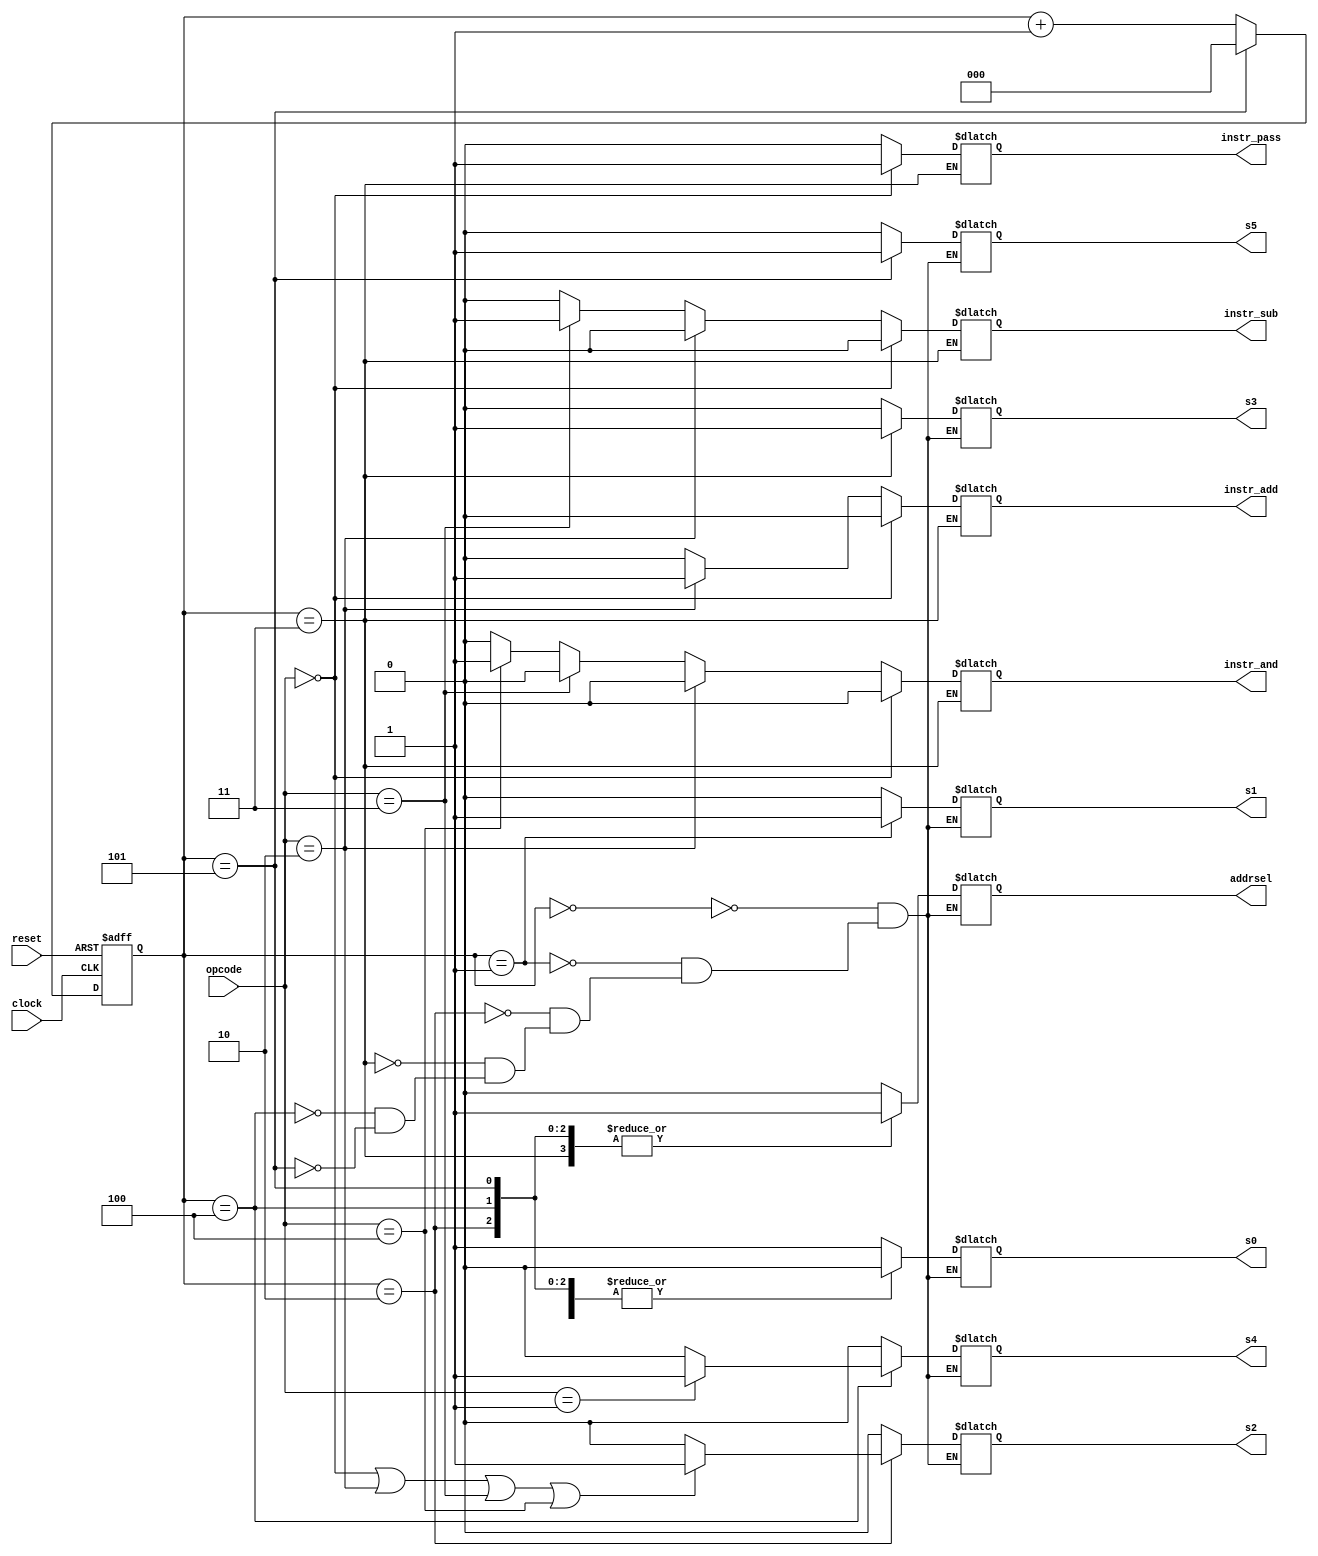
module control (
       input clock,
       input reset,         //
       output reg s0,       //
       output reg s1,
       output reg s2,
       output reg s3,
       output reg s4,
       output reg s5,
       output reg addrsel,   //
       output reg instr_add, //
       output reg instr_sub,
       output reg instr_and,
       output reg instr_pass,
       input [2:0] opcode    //
	);

parameter [2:0]  LDA = 3'b000, STA = 3'b001, ADD = 3'b010, SUB = 3'b011, AND = 3'b100 , HLT = 3'b101;

reg [2:0] cnt;  //6cnt

always @(posedge clock or posedge reset) 
	if (reset) 
		// reset
		cnt <= 0;
	else
	    if (cnt==5)
	       cnt <= 0;
	else 
	    cnt <= cnt+1;
		

always@ *
    begin
    	case(cnt)
    	   0: begin     //
    	   	  s0<=1; s1<=0; s2<=0; s3<=0; s4<=0; s5<=0;
    	   	  addrsel<=0;
    	   end

    	   1:begin      //
    	   	  s0<=0; s1<=1; s2<=0; s3<=0; s4<=0; s5<=0;
    	   	  addrsel<=0;
    	   end

    	   2:begin      //
    	   	  s0<=0; s1<=0; s2<=1; s3<=0; s4<=0; s5<=0;
    	   	  addrsel<=1;
    	   	  if( (opcode==LDA)  ||
    	   	  	  (opcode==ADD)  ||
    	   	  	  (opcode==SUB)  ||
    	   	  	  (opcode==AND)   )
    	   	     s2<=1;
    	   	  else
    	   	      s2<=0;
    	   end

    	   3:begin     //ALU
    	   	  s0<=0; s1<=0; s2<=0; s3<=1; s4<=0; s5<=0;
    	   	  addrsel<=1;
    	   	  if (opcode==LDA) begin
    	   	  	instr_add<=0;
    	   	  	instr_sub<=0;
    	   	  	instr_and<=0;
    	   	  	instr_pass<=1;
    	   	  end

    	   	  else if(opcode==ADD) begin
    	   	  	instr_add<=1;
    	   	  	instr_sub<=0;
    	   	  	instr_and<=0;
    	   	  	instr_pass<=0;
    	   	  end

    	   	  else if(opcode==SUB) begin
    	   	  	instr_add<=0;
    	   	  	instr_sub<=1;
    	   	  	instr_and<=0;
    	   	  	instr_pass<=0;
    	   	  end

    	   	  else if(opcode==AND) begin
    	   	  	instr_add<=0;
    	   	  	instr_sub<=0;
    	   	  	instr_and<=1;
    	   	  	instr_pass<=0;
    	   	  end

    	   	  else if(opcode==STA) begin
    	   	  	instr_add<=0;
    	   	  	instr_sub<=0;
    	   	  	instr_and<=0;
    	   	  	instr_pass<=0;
    	   	  end

    	   	  else begin
    	   	  	instr_add<=0;
    	   	  	instr_sub<=0;
    	   	  	instr_and<=0;
    	   	  	instr_pass<=0;
    	   	  end
    	   end


    	   4:begin   //
    	   	 s0<=0; s1<=0; s2<=0; s3<=0; s4<=1; s5<=0;
    	   	 addrsel<=1;
    	   	 if(opcode==STA)
    	   	    s4<=1;
    	   	 else
    	   	    s4<=0;
    	   end

    	   5:begin   //PC
    	   	  s0<=0; s1<=0; s2<=0; s3<=0; s4<=0; s5<=1;
    	   	  addrsel<=1;
    	   end
    	endcase


    end


endmodule